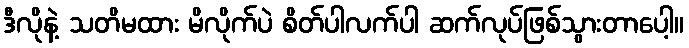
ဒီလိုနဲ့ သတိမထား မိလိုက်ပဲ စိတ်ပါလက်ပါ ဆက်လုပ်ဖြစ်သွားတာပေါ့။